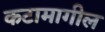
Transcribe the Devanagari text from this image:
कटामागील